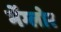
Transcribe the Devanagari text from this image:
मेंग्लोर